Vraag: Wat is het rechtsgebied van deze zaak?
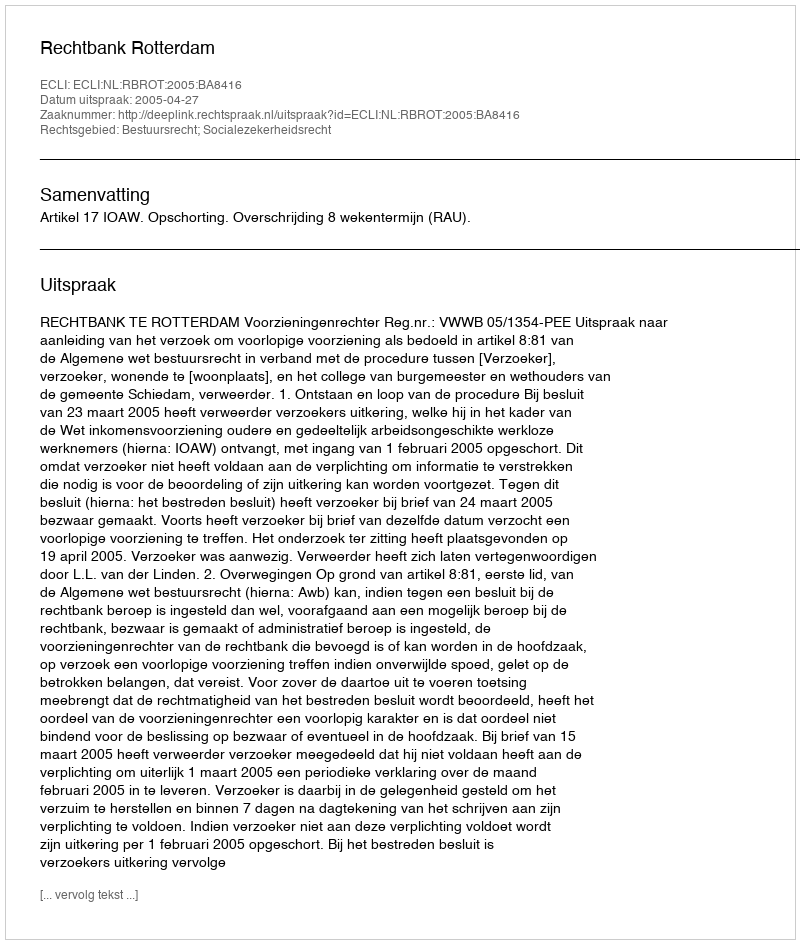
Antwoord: Bestuursrecht; Socialezekerheidsrecht